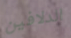
الدلافين